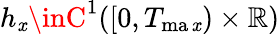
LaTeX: h_{\mathit{x}}\inC^{1}([0,T_{\operatorname*{ma\mathit{x}}})\times\mathbb{R})